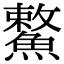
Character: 𩺾